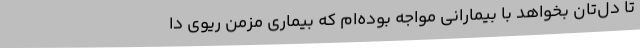
تا دل‌تان بخواهد با بیمارانی مواجه بوده‌ام که بیماری مزمن ریوی دا